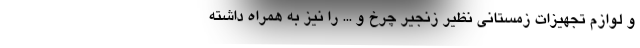
و لوازم تجهیزات زمستانی نظیر زنجیر چرخ و ... را نیز به همراه داشته